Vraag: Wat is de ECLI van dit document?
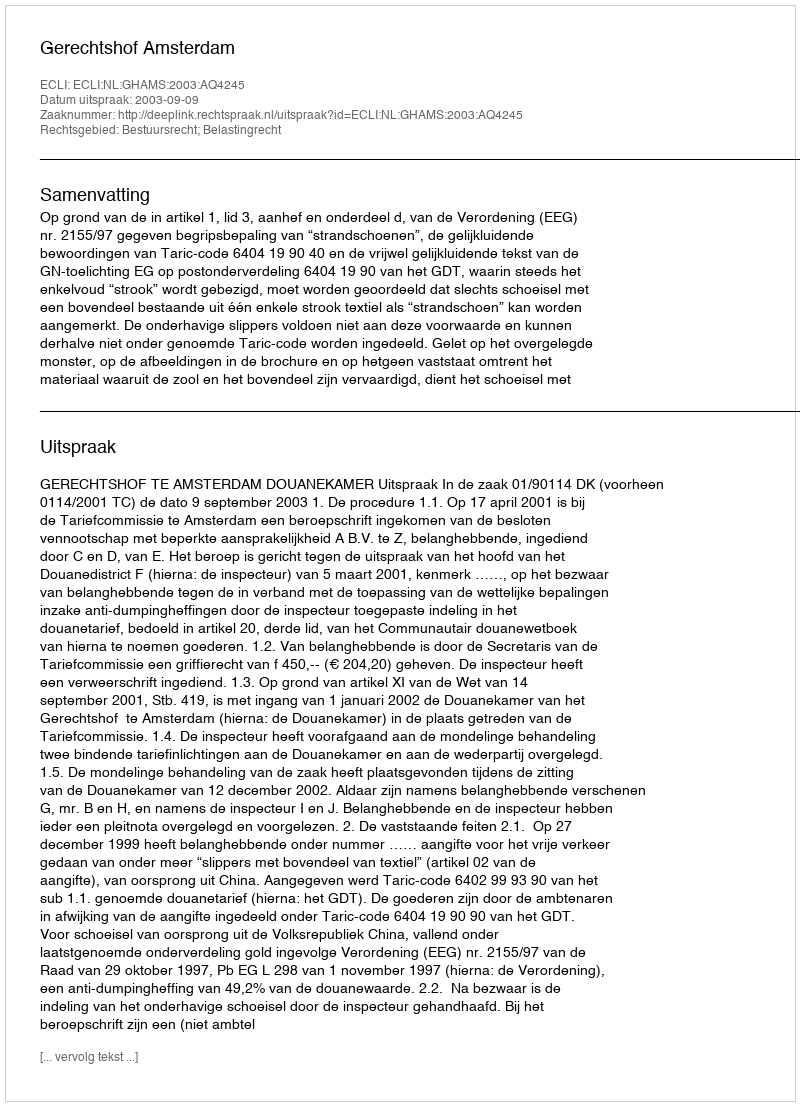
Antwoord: ECLI:NL:GHAMS:2003:AQ4245